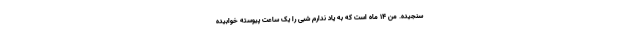
سنجیده. من ۱۴ ماه است که به یاد ندارم شبی را یک ساعت پیوسته خوابیده